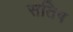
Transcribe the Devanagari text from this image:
सतिष